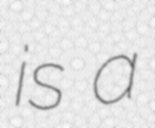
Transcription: is a